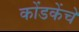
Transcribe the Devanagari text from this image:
कोंडकेंचे